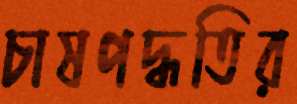
চাষপদ্ধতির